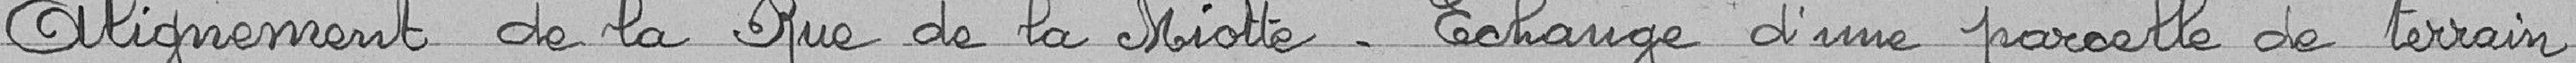
Alignement de la Rue de la Miotte - Echange d'une parcelle de terrain